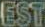
EST